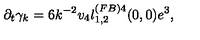
\partial _ { t } \gamma _ { k } = 6 k ^ { - 2 } v _ { 4 } l _ { 1 , 2 } ^ { ( F B ) 4 } ( 0 , 0 ) e ^ { 3 } ,